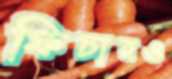
ফিচারও